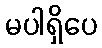
မပါရှိပေ